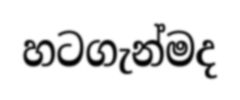
හටගැන්මද